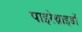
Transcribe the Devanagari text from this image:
पाइरेथ्राइडों